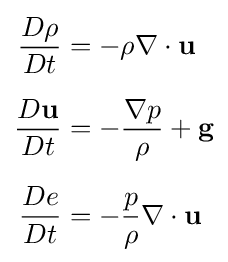
{\begin{aligned}{D\rho  \over Dt}&=-\rho \nabla \cdot \mathbf {u} \\[1.2ex]{\frac {D\mathbf {u} }{Dt}}&=-{\frac {\nabla p}{\rho }}+\mathbf {g} \\[1.2ex]{De \over Dt}&=-{\frac {p}{\rho }}\nabla \cdot \mathbf {u} \end{aligned}}